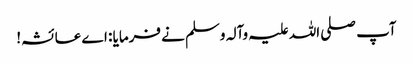
آپ صلی اللہ علیہ وآلہ وسلم نے فرمایا : اے عائشہ!